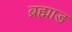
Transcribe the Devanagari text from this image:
ब्रह्माड